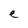
Character: e